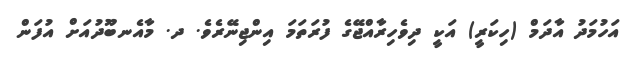
އަހުމަދު އާދަމް (ހިކަރީ) އަކީ ދިވެހިރާއްޖޭގެ ފުރަތަމަ އިންޖިނޭރެވެ. ދ. މާއެނބޫދުއަށް އުފަން